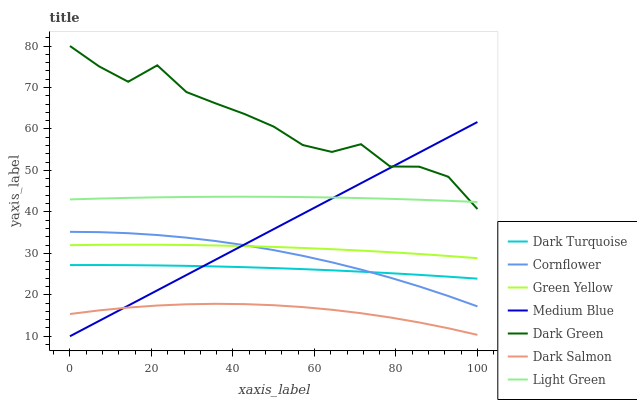
| xaxis_label | Dark Turquoise | Cornflower | Green Yellow | Medium Blue | Dark Green | Dark Salmon | Light Green |
 | --- | --- | --- | --- | --- | --- | --- | --- |
 | 0 | 27.2 | 35.2 | 32 | 10 | 80 | 15.4 | 43 |
 | 7.14 | 27.2 | 35.1 | 32 | 13.7 | 75.1 | 16.2 | 43.2 |
 | 14.3 | 27.1 | 34.9 | 32.1 | 17.4 | 71.4 | 16.9 | 43.4 |
 | 21.4 | 27.1 | 34.4 | 32.1 | 21.1 | 75.3 | 17.4 | 43.5 |
 | 28.6 | 27 | 33.8 | 32 | 24.8 | 68.9 | 17.7 | 43.6 |
 | 35.7 | 26.8 | 33 | 31.9 | 28.5 | 66.2 | 17.8 | 43.6 |
 | 42.9 | 26.7 | 32 | 31.7 | 32.1 | 63.6 | 17.7 | 43.7 |
 | 50 | 26.4 | 30.8 | 31.5 | 35.8 | 60.6 | 17.5 | 43.6 |
 | 57.1 | 26.2 | 29.4 | 31.3 | 39.5 | 56.1 | 17 | 43.6 |
 | 64.3 | 25.9 | 27.8 | 31 | 43.2 | 54.5 | 16.4 | 43.5 |
 | 71.4 | 25.6 | 26.1 | 30.7 | 46.9 | 56.3 | 15.6 | 43.3 |
 | 78.6 | 25.2 | 24.1 | 30.3 | 50.6 | 50.9 | 14.5 | 43.1 |
 | 85.7 | 24.8 | 22 | 29.8 | 54.3 | 50.9 | 13.3 | 42.9 |
 | 92.9 | 24.4 | 19.7 | 29.4 | 58 | 48.5 | 11.9 | 42.7 |
 | 100 | 23.9 | 17.2 | 28.8 | 61.7 | 40.7 | 10.3 | 42.4 |